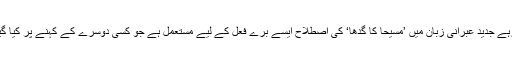
یاد رہے جدید عبرانی زبان میں ’مسیحا کا گدھا‘ کی اصطلاح ایسے برے فعل کے لیے مستعمل ہے جو کسی دوسرے کے کہنے پر کیا گیا ہو۔